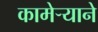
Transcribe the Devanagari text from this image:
कामेर्‍याने